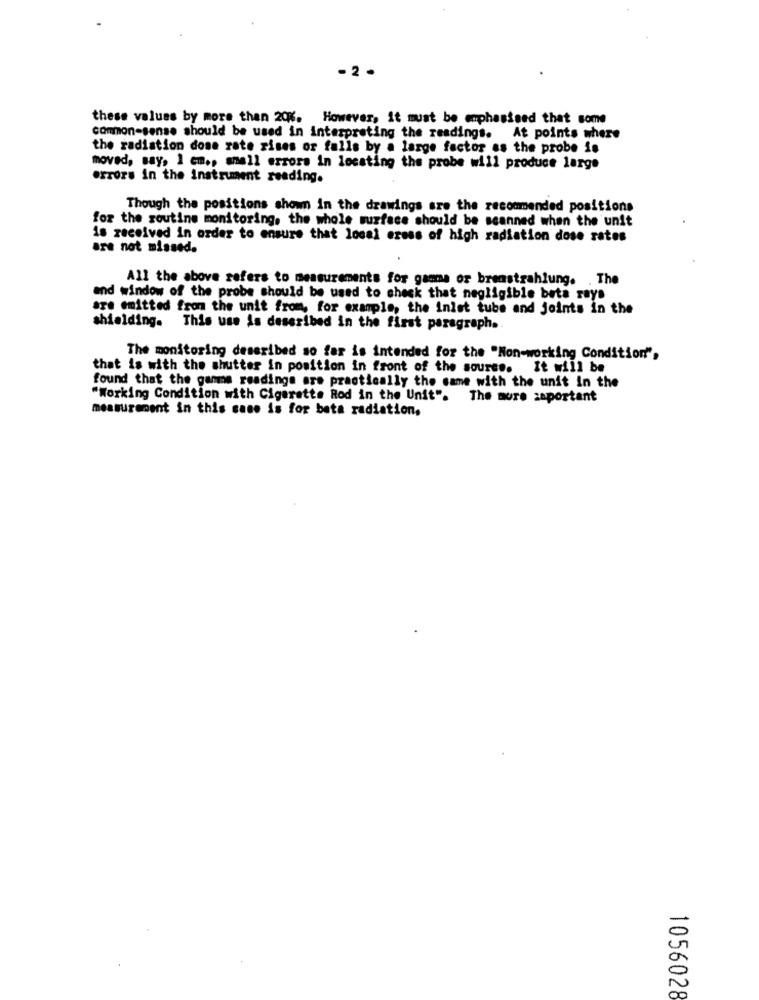
- 2 .
these values by more than 20%. However, it must be emphasised that some
common-sense should be used in interpreting the readings. At points where
the radiation dose rate rises or falls by a large factor as the probe is
moved, say, I em ., small errors in locating the probe will produce large
errors in the instrument reading.
Though the positions shown in the drawings are the recommended positions
for the routine monitoring. the whole surface should be scanned when the unit
is received in order to ensure that local eress of high radiation dose rates
are not missed.
All the above refers to measurements for gamma or bremstrahlung. . The
and window of the probe should be used to check that negligible beta rays
are emitted from the unit from, for example, the inlet tube and joints in the
shielding. This use is described in the first paragraph ..
The monitoring described so far is intended for the "Non-working Condition",
that is with the shutter in position in front of the source. It will be
found that the ganme readings are practically the same with the unit in the
"Working Condition with Cigarette Rod in the Unit". The more zaportant
measurement in this case is for beta radiation.
1056028